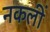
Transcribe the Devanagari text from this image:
नकलीं